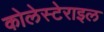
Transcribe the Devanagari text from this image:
कोलेस्टेराइल